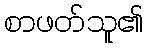
စာဖတ်သူ၏